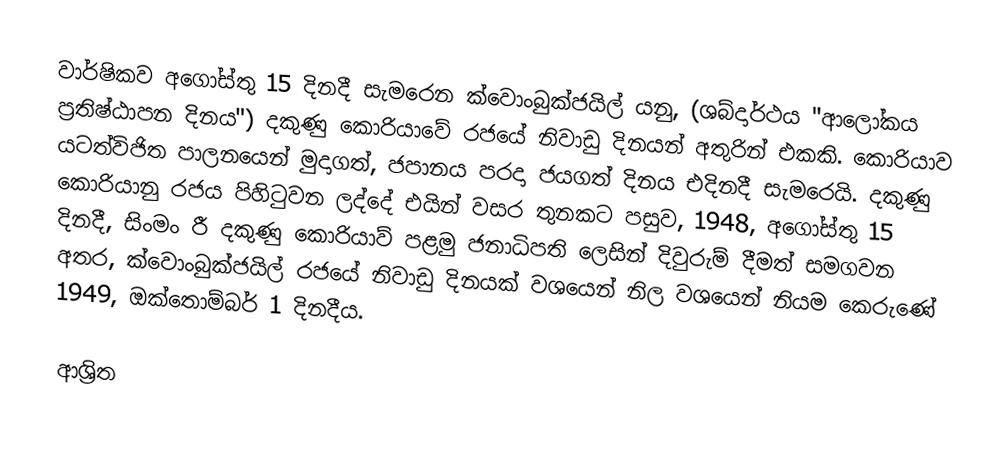
වාර්ෂිකව අගෝස්තු 15 දිනදී සැමරෙන ක්වොංබුක්ජයිල් යනු, (ශබ්දාර්ථය "ආලෝකය ප්‍රතිෂ්ඨාපන දිනය") දකුණු කොරියාවේ රජයේ නිවාඩු දිනයන් අතුරින් එකකි.  කොරියාව යටත්විජිත පාලනයෙන් මුදාගත්,  ජපානය පරදා ජයගත් දිනය එදිනදී සැමරෙයි. දකුණු කොරියානු රජය පිහිටුවන ලද්දේ එයින් වසර තුනකට පසුව, 1948, අගෝස්තු 15 දිනදී,   සිංමං රී  දකුණු කොරියාව් පළමු ජනාධිපති ලෙසින් දිවුරුම් දීමත් සමගවන අතර,  ක්වොංබුක්ජයිල් රජයේ නිවාඩු දිනයක් වශයෙන් නිල වශයෙන් නියම කෙරුණේ 1949,  ඔක්තොම්බර් 1 දිනදීය.

ආශ්‍රිත